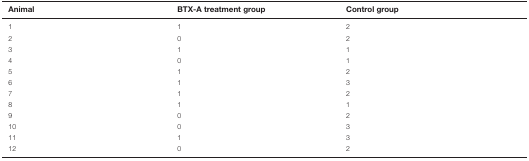
<table><thead><tr><td><b>Animal</b></td><td><b>BTX-A treatment group</b></td><td><b>Control group</b></td></tr></thead><tbody><tr><td>1</td><td>1</td><td>2</td></tr><tr><td>2</td><td>0</td><td>2</td></tr><tr><td>3</td><td>1</td><td>1</td></tr><tr><td>4</td><td>0</td><td>1</td></tr><tr><td>5</td><td>1</td><td>2</td></tr><tr><td>6</td><td>1</td><td>3</td></tr><tr><td>7</td><td>1</td><td>2</td></tr><tr><td>8</td><td>1</td><td>1</td></tr><tr><td>9</td><td>0</td><td>2</td></tr><tr><td>10</td><td>0</td><td>3</td></tr><tr><td>11</td><td>1</td><td>3</td></tr><tr><td>12</td><td>0</td><td>2</td></tr></tbody></table>